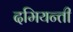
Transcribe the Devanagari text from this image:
दमियन्ती